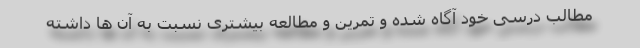
مطالب درسی خود آگاه شده و تمرین و مطالعه بیشتری نسبت به آن ها داشته